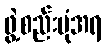
ဖွဲ့စည်းပုံအရ